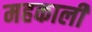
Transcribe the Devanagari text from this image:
महकाली